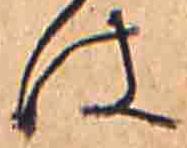
は